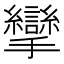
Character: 攣